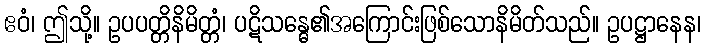
ဧဝံ၊ ဤသို့။ ဥပပတ္တိနိမိတ္တံ၊ ပဋိသန္ဓေ၏အကြောင်းဖြစ်သောနိမိတ်သည်။ ဥပဋ္ဌာနေန၊